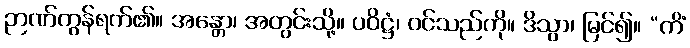
ဉာဏ်ကွန်ရက်၏။ အန္တော၊ အတွင်းသို့။ ပဝိဋ္ဌံ၊ ဝင်သည်ကို။ ဒိသွာ၊ မြင်၍။ “ကိံ